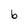
Character: b